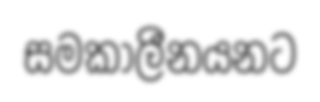
සමකාලීනයනට